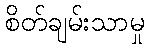
စိတ်ချမ်းသာမှု